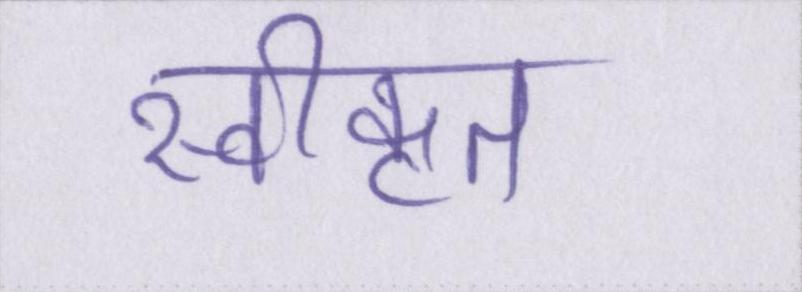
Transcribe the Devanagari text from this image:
स्वीकृत